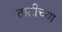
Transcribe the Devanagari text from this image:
ताटीच्या